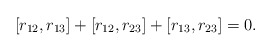
\begin{align*}[ r_{12}, r_{13} ] + [ r_{12}, r_{23}]+ [ r_{13}, r_{23} ] = 0 .\end{align*}